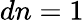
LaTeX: dn=1